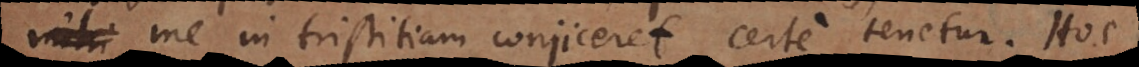
t me in tristitiam conjiceret, certe tenetur. Hoc